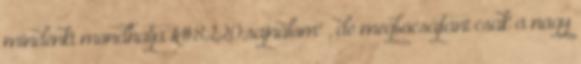
mindenki mondhatja &#8220;sajnálom" , de megbocsájtani csak a nagy